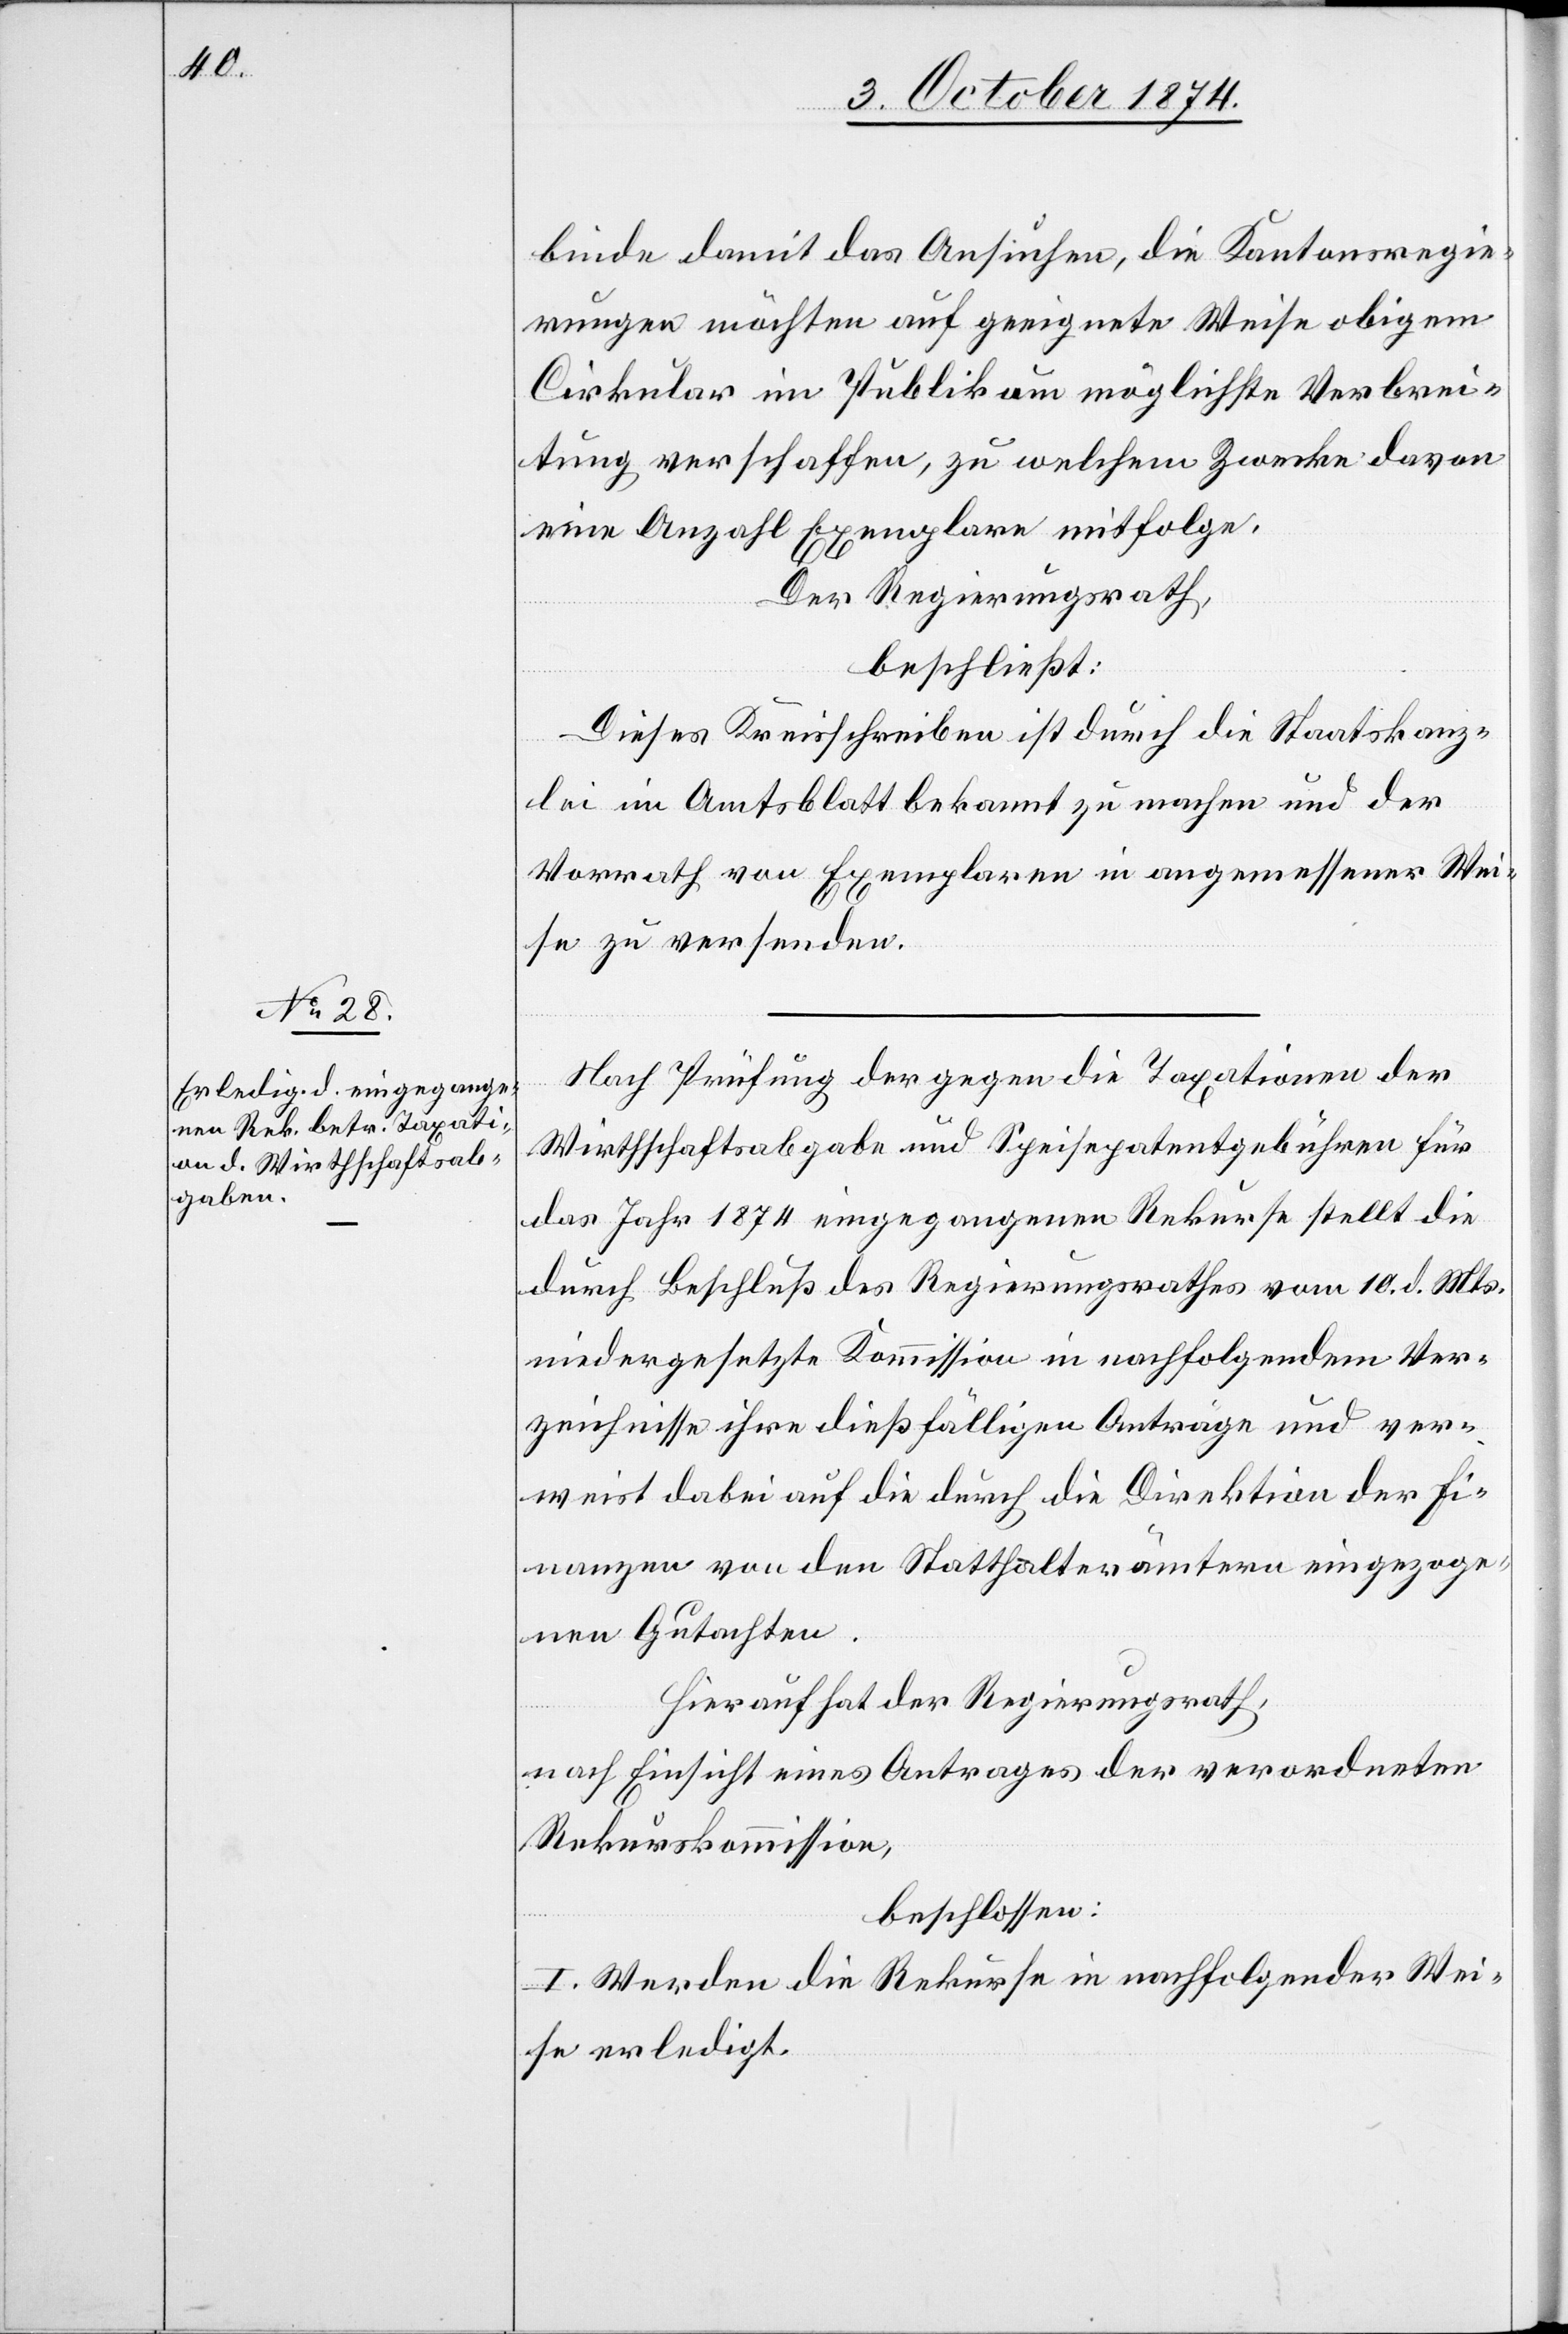
binde damit das Ansuchen, die Kantonsregie¬
rungen möchten auf geeigneter Weise obigem
Cirkular im Publikum möglichste Verbrei¬
tung verschaffen, zu welchem Zwecke davon
eine Anzahl Exemplare mitfolge.
Der Regierungsrath,
beschließt:
Dieses Kreisschreiben ist durch die Staatskanz¬
lei im Amtsblatt bekannt zu machen und der
Vorrath von Exemplaren in angemessener Wei¬
se zu versenden.
Nach Prüfung der gegen die Taxationen der
Wirthschaftsabgabe und Speisepatentgebühren für
das Jahr 1874 eingegangenen Rekurse stellt die
durch Beschluß des Regierungsrathes vom 10. d. Mts.
niedergesetzte Kommission in nachfolgendem Ver¬
zeichnisse ihre dießfälligen Anträge und ver¬
weist dabei auf die durch die Direktion der Fi¬
nanzen von den Statthalterämtern eingezoge¬
nen Gutachten.
Hierauf hat der Regierungsrath,
nach Einsicht eines Antrages der verordneten
Rekurskommission,
beschlossen:
I. Werden die Rekurse in nachfolgender Wei¬
se erledigt.